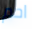
احم